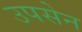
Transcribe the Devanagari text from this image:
उपसेन